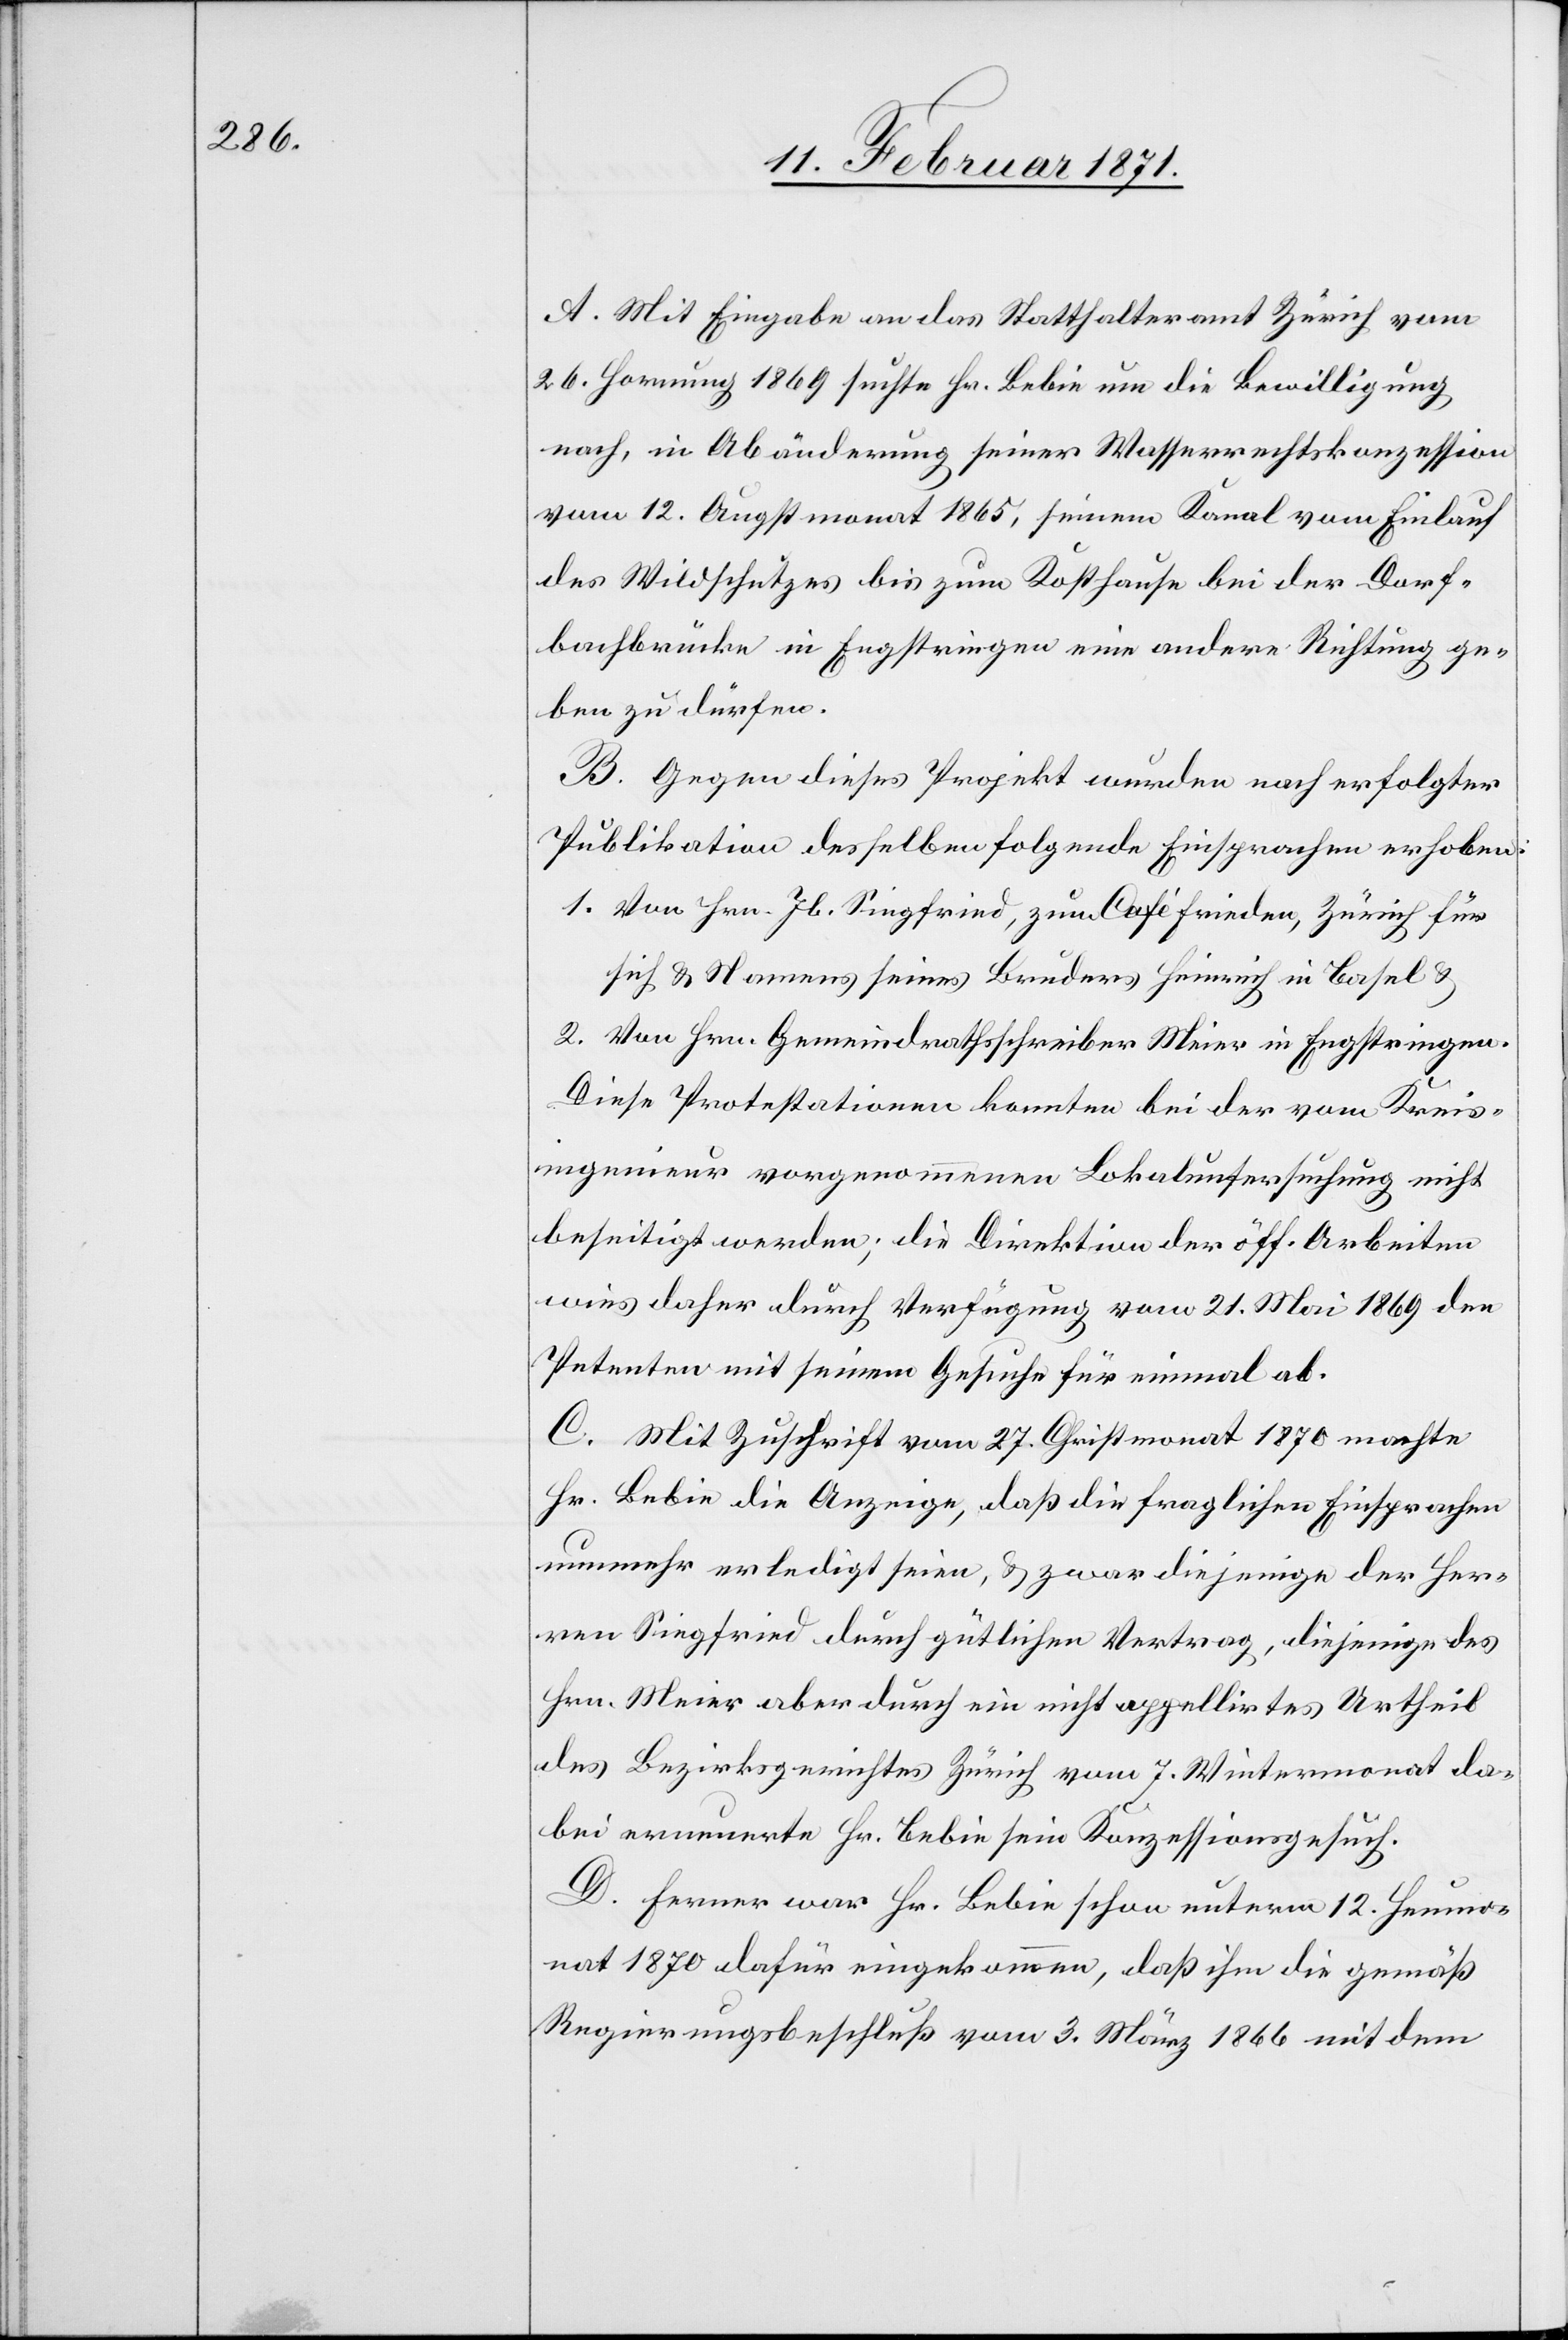
A. Mit Eingabe an das Statthalteramt Zürich vom
26. Hornung 1869 suchte Hr. Bebie um die Bewilligung
nach, in Abänderung seiner Wasserrechtskonzession
vom 12. Augstmonat 1865, seinem Kanal vom Einlauf
des Wildschutzes bis zum Kosthause bei der Dorf¬
bachbrücke in Engstringen eine andere Richtung ge¬
ben zu dürfen.
B. Gegen dieses Projekt wurden nach erfolgter
Publikation desselben folgende Einsprachen erhoben:
1. Von Hrn. Jb. Siegfried, zum Café Frieden, Zürich für
sich u. Namens seines Bruders Heinrich in Basel u.
2. Von Hrn. Gemeindrathsschreiber Meier in Engstringen.
Diese Protestationen konnten bei der vom Kreis¬
ingenieur vorgenommenen Lokaluntersuchung nicht
beseitigt werden; die Direktion der öff. Arbeiten
wies daher durch Verfügung vom 21. Mai 1869 den
Petenten mit seinem Gesuche für einmal ab.
C. Mit Zuschrift vom 27. Christmonat 1870 machte
Hr. Bebie die Anzeige, daß die fraglichen Einsprachen
nunmehr erledigt seien, u. zwar diejenige der Her¬
ren Siegfried durch gütlichen Vertrag, diejenige des
Hrn. Meier aber durch ein nicht appellirtes Urtheil
des Bezirksgerichtes Zürich vom 7. Wintermonat da¬
bei erneuerte Hr. Bebie sein Konzessionsgesuch.
D. Ferner war Hr. Bebie schon unterm 12. Heumo¬
nat 1870 dafür eingekommen, daß ihm die gemäß
Regierungsbeschluß vom 3. März 1866 mit dem